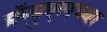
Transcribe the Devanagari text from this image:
मॅन्युएलच्या